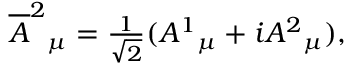
\overline { { { A } } } ^ { 2 } { } _ { \mu } = { \textstyle { \frac { 1 } { \sqrt { 2 } } } } ( A ^ { 1 } { } _ { \mu } + i A ^ { 2 } { } _ { \mu } ) ,